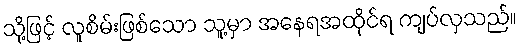
သို့ဖြင့် လူစိမ်းဖြစ်သော သူ့မှာ အနေရအထိုင်ရ ကျပ်လှသည်။